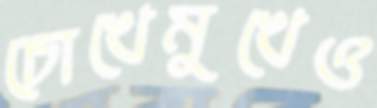
চোখেমুখেও